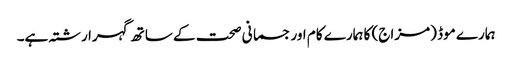
ہمارے موڈ (مزاج) کا ہمارے کام اور جسمانی صحت کے ساتھ گہرا رشتہ ہے۔